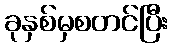
ခုနှစ်မှစတင်ပြီး